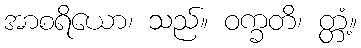
အာစရိယော၊ သည်။ ဝက္ခတိ၊ တ္တံ့။